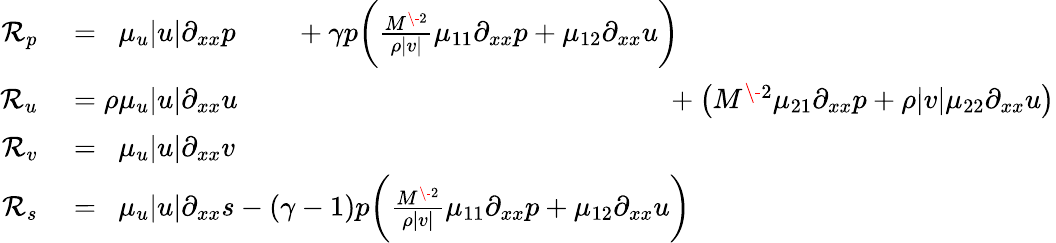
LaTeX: \begin{array}{rl}{\mathcal{R}_{p}}&{{}=\phantom{\rho}\mu_{u}|u|\partial_{xx}p\phantom{(-1)}+\gamma p\bigg(\frac{M^{\- 2}}{\rho|v|}\mu_{11}\partial_{xx}p+\mu_{12}\partial_{xx}u\bigg)\phantom{+\big(M^{\- 2}\mu_{21}\partial_{xx}p+\rho|v|\mu_{22}\partial_{xx}u\big)}}\\ {\mathcal{R}_{u}}&{{}=\rho\mu_{u}|u|\partial_{xx}u\phantom{+(\gamma-1)p\big(\frac{M^{\- 2}}{\rho|v|}\mu_{11}\partial_{xx}p+\mu_{12}\partial_{xx}u\big)}+\big(M^{\- 2}\mu_{21}\partial_{xx}p+\rho|v|\mu_{22}\partial_{xx}u\big)}\\ {\mathcal{R}_{v}}&{{}=\phantom{\rho}\mu_{u}|u|\partial_{xx}v}\\ {\mathcal{R}_{s}}&{{}=\phantom{\rho}\mu_{u}|u|\partial_{xx}s-(\gamma-1)p\bigg(\frac{M^{\- 2}}{\rho|v|}\mu_{11}\partial_{xx}p+\mu_{12}\partial_{xx}u\bigg)}\end{array}